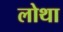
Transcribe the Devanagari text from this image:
लोथा